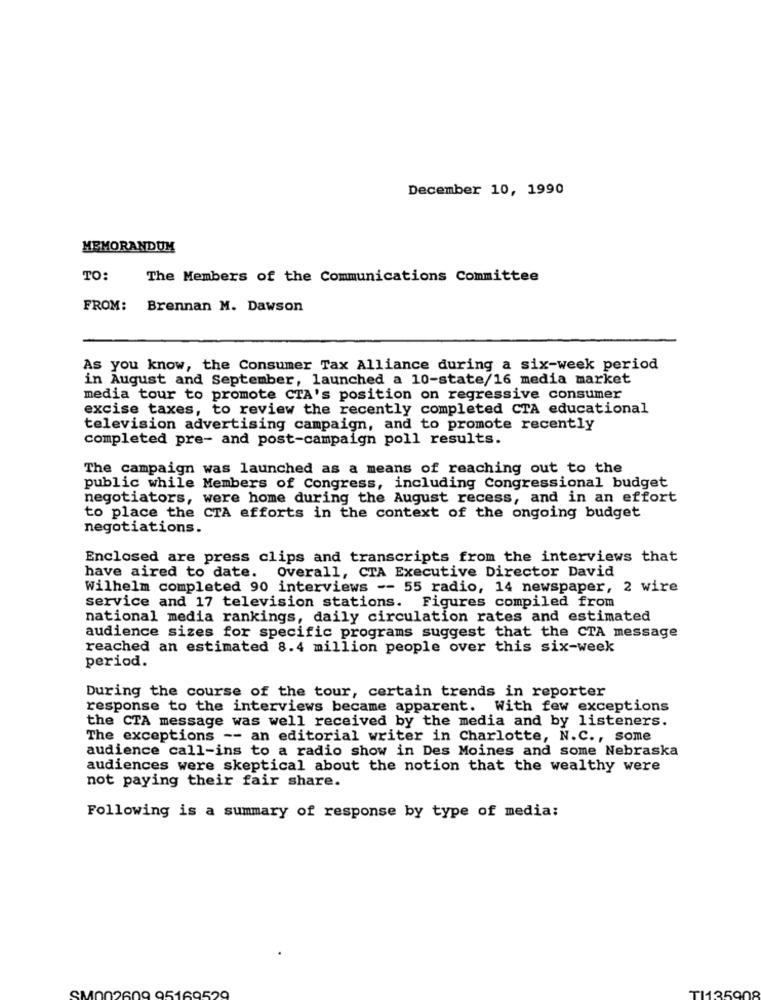
December 10, 1990
MEMORANDUM
TO:
The Members of the Communications Committee
FROM:
Brennan M. Dawson
As you know, the Consumer Tax Alliance during a six-week period
in August and September, launched a 10-state/16 media market
media tour to promote CTA's position on regressive consumer
excise taxes, to review the recently completed CTA educational
television advertising campaign, and to promote recently
completed pre- and post-campaign poll results.
The campaign was launched as a means of reaching out to the
public while Members of Congress, including Congressional budget
negotiators, were home during the August recess, and in an effort
to place the CTA efforts in the context of the ongoing budget
negotiations.
Enclosed are press clips and transcripts from the interviews that
have aired to date. Overall, CTA Executive Director David
Wilhelm completed 90 interviews -- 55 radio, 14 newspaper, 2 wire
service and 17 television stations. Figures compiled from
national media rankings, daily circulation rates and estimated
audience sizes for specific programs suggest that the CTA message
reached an estimated 8.4 million people over this six-week
period.
During the course of the tour, certain trends in reporter
response to the interviews became apparent. With few exceptions
the CTA message was well received by the media and by listeners.
The exceptions -- an editorial writer in Charlotte, N.C ., some
audience call-ins to a radio show in Des Moines and some Nebraska
audiences were skeptical about the notion that the wealthy were
not paying their fair share.
Following is a summary of response by type of media:
SM002609 95169529
TI1350